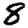
Digit: 8